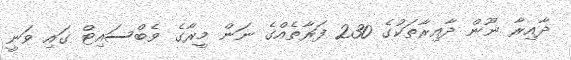
ދާއިރާ ނޫން ދާއިރާތަކުގެ 230 ފަރާތެއްގެ ނަން މީރާގެ ވެބްސައިޓް ގައި ވަނީ